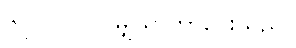
၆၇၂၀၀၀၀၀မျှသာကွာဝေးသည်။